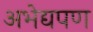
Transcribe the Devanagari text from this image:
अभेद्यपण